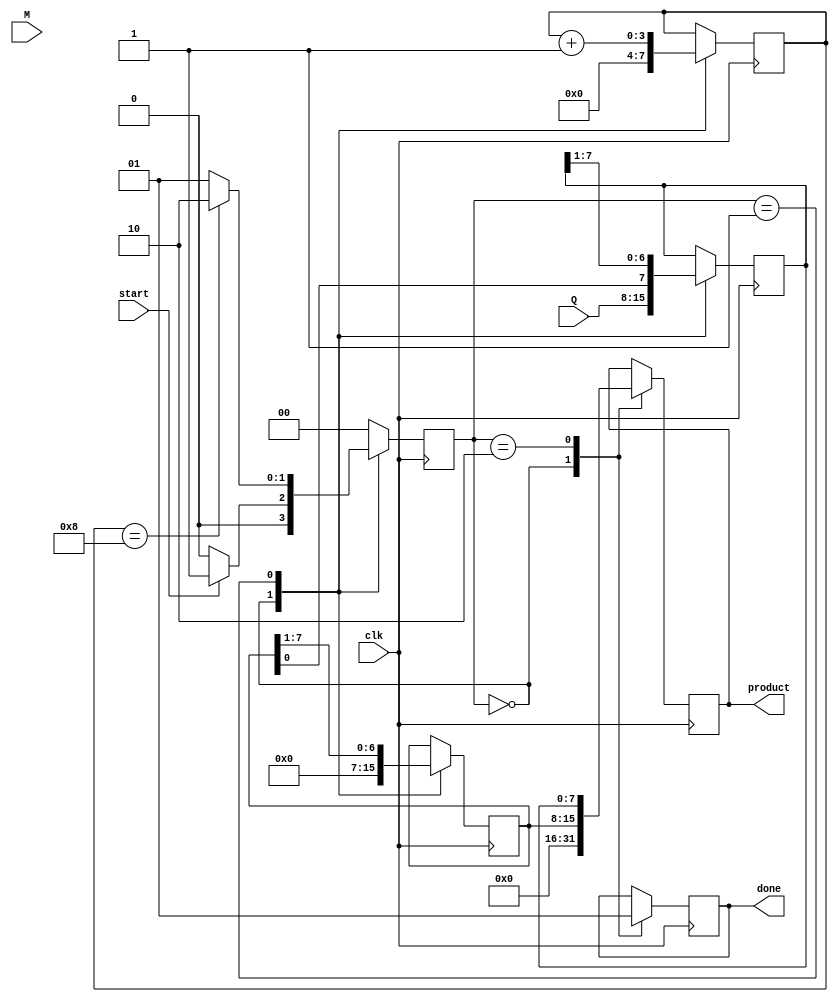
module modified_booth_multiplier #(
    parameter WIDTH = 8 // Bit width for inputs
) (
    input signed [WIDTH-1:0] M, // Multiplicand
    input signed [WIDTH-1:0] Q, // Multiplier
    input clk,                  // Clock signal
    input start,                // Start signal for multiplication
    output reg signed [2*WIDTH-1:0] product, // Product output
    output reg done             // Multiplication done signal
);

    reg signed [WIDTH-1:0] A; // Accumulator
    reg [WIDTH-1:0] Q_temp; // Working copy of Q
    reg Q_minus_1;          // Previous bit of Q
    reg [3:0] count;        // Count for bit positions

    // State machine for operation
    localparam IDLE = 2'b00,
               PROCESS = 2'b01,
               DONE = 2'b10;
    reg [1:0] state, next_state;

    // Next state logic
    always @(*) begin
        case (state)
            IDLE: next_state = (start) ? PROCESS : IDLE;
            PROCESS: next_state = (count == WIDTH) ? DONE : PROCESS;
            DONE: next_state = IDLE;
            default: next_state = IDLE;
        endcase
    end

    // Sequential logic for state transitions and product calculation
    always @(posedge clk) begin
        case (state)
            IDLE: begin
                product <= 0;         // Clear product
                A <= 0;               // Clear accumulator
                Q_temp <= Q;          // Load initial multiplier
                Q_minus_1 <= 0;       // Previous bit of Q
                count <= 0;           // Initialize count
                done <= 0;            // Clear done flag
            end

            PROCESS: begin
                // Booth's algorithm operations based on Q and Q-1
                case ({Q_temp[0], Q_minus_1})
                    2'b00: ; // No operation
                    2'b01: A <= A + M; // Add M
                    2'b10: A <= A - M; // Subtract M
                    2'b11: ; // No operation
                endcase
                
                // Shift right: A and Q
                {A, Q_temp} <= {A, Q_temp} >> 1; // Shift right with arithmetic for A
                Q_minus_1 <= Q_temp[0]; // Update Q-1
                count <= count + 1; // Increment the count
            end

            DONE: begin
                product <= {A, Q_temp}; // Combine A and Q_temp for final product
                done <= 1;              // Set done flag
            end
        endcase
    end

    // State transition logic
    always @(posedge clk) begin
        state <= next_state;
    end

endmodule